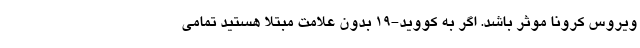
ویروس کرونا موثر باشد. اگر به کووید-۱۹ بدون علامت مبتلا هستید تمامی